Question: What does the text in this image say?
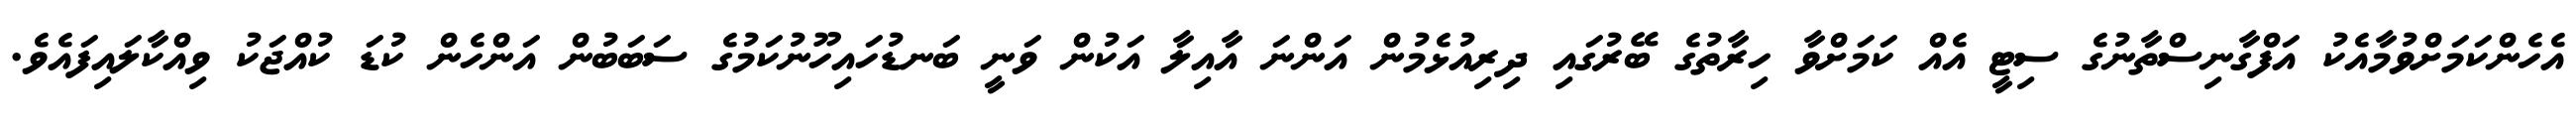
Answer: އެހެންކަމަށްވުމާއެކު އަފްގާނިސްތާނުގެ ސިޓީ އެއް ކަމަށްވާ ހިރާތުގެ ބޭރުގައި ދިރިއުޅެމުން އަންނަ އާއިލާ އަކުން ވަނީ ބަނޑުހައިހޫނުކަމުގެ ސަބަބުން އަންހެން ކުޑަ ކުއްޖަކު ވިއްކާލައިފައެވެ.